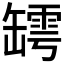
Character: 𦉏